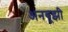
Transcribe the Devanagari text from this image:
अनबूझी